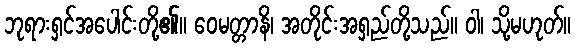
ဘုရားရှင်အပေါင်းတို့၏။ ဝေမတ္တာနိ၊ အတိုင်းအရှည်တို့သည်။ ဝါ၊ သို့မဟုတ်။